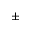
\pm